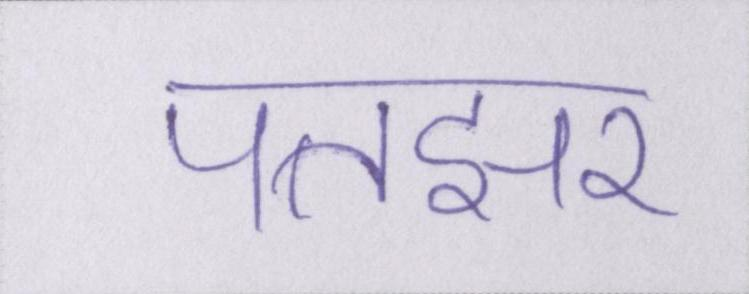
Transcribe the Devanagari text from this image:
पतझर